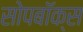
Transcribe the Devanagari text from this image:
सोपबॉक्स